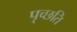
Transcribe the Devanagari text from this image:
पृच्छति